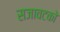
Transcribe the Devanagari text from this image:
सजावटको